Sanitation, dispensaries and jails vaccination Rajputana 1922-1927 - 1922-1927
Year: 1922
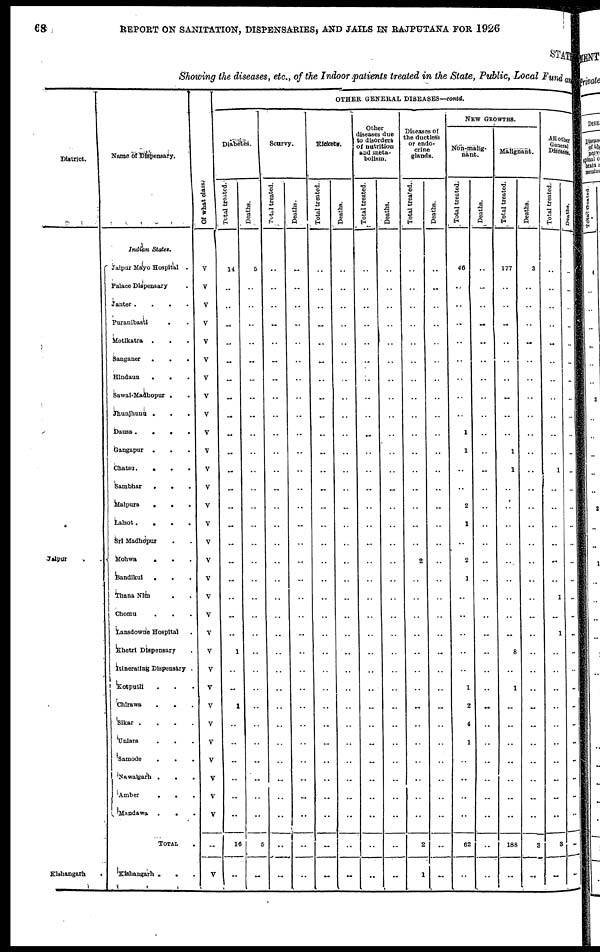
68
REPORT ON SANITATION, DISPENSARIES, AND JAILS IN RAJPUTANA FOR 1926
STATE
Showing the diseases, etc., of the Indoor patients treated in the State, Public, Local Fund and
District.
Jaipur . .
Kishangarh
.
Name of Dispensary.
Indian States.
Jaipur Mayo Hospital .
Palace Dispensary .
Janter .
.
.
.
Puranibasti . .
Motikatra . . .
Sanganer
.
.
.
Hindaun
.
. .
Sawai-Madhopur . .
Jhunjhunu . . .
Dausa.
.
.
.
Gangapur . . .
Chatsu.
.
.
.
Sambhar
.
.
.
Malpura
.
.
.
Lalsot.
.
.
.
Sri Madhopur . .
Mohwa
.
. .
Bandikui
. . .
Thana Nim . .
Chomu
.
. .
Lansdowne Hospital .
Khetri Dispensary .
Itinerating Dispensary .
Kotputli . . .
Chirawa
.
. .
Sikar .
.
.
.
Uniara . . .
Samode
.
.
.
Nawalgarh .
. .
Amber
.
. .
Mandawa .
. .
TOTAL .
Kishangarh .
. .
Of what class.
V
V
V
V
V
V
V
V
V
V
V
V
V
V
V
V
V
V
V
V
V
V
V
V
V
V
V
V
V
V
V
..
V
OTHER GENERAL DISEASES—contd.
Diabetes.
Total treated.
14
..
..
..
..
..
..
..
..
..
..
..
..
..
..
..
..
..
..
..
..
1
..
..
1
..
..
..
..
..
..
16
..
Deaths.
5
..
..
..
..
..
..
..
..
..
..
..
..
..
..
..
..
..
..
..
..
..
..
..
..
..
..
..
..
..
..
5
..
Scurvy.
Total treated.
..
..
..
..
..
..
..
..
..
..
..
..
..
..
..
..
..
..
..
..
..
..
..
..
..
..
..
..
..
..
..
..
..
Deaths.
..
..
..
..
..
..
..
..
..
..
..
..
..
..
..
..
..
..
..
..
..
..
..
..
..
..
..
..
..
..
..
..
..
Rickets.
Total treated.
..
..
..
..
..
..
..
..
..
..
..
..
..
..
..
..
..
..
..
..
..
..
..
..
..
..
..
..
..
..
..
..
..
Deaths.
..
..
..
..
..
..
..
..
..
..
..
..
..
..
..
..
..
..
..
..
..
..
..
..
..
..
..
..
..
..
..
..
..
Other
diseases due
to disorders
of nutrition
and meta-
bolism.
Total treated.
..
..
..
..
..
..
..
..
..
..
..
..
..
..
..
..
..
..
..
..
..
..
..
..
..
..
..
..
..
..
..
..
..
Deaths.
..
..
..
..
..
..
..
..
..
..
..
..
..
..
..
..
..
..
..
..
..
..
..
..
..
..
..
..
..
..
..
..
..
Diseases of
the ductless
or endo-
crine
glands.
Total treated.
..
..
..
..
..
..
..
..
..
..
..
..
..
..
..
..
2
..
..
..
..
..
..
..
..
..
..
..
..
..
..
2
1
Deaths.
..
..
..
..
..
..
..
..
..
..
..
..
..
..
..
..
..
..
..
..
..
..
..
..
..
..
..
..
..
..
..
..
..
NEW GROWTHS.
Non-malig-
nant.
Total treated.
46
..
..
..
..
..
..
..
..
1
1
..
..
2
1
..
2
1
..
..
..
..
..
1
2
4
1
..
..
..
..
62
..
Deaths.
..
..
..
..
..
..
..
..
..
..
..
..
..
..
..
..
..
..
..
..
..
..
..
..
..
..
..
..
..
..
..
..
..
Malignant.
Total treated.
177
..
..
..
..
..
..
..
..
..
1
1
..
..
..
..
..
..
..
..
..
8
..
1
..
..
..
..
..
..
..
188
..
Deaths.
3
..
..
..
..
..
..
..
..
..
..
..
..
..
..
..
..
..
..
..
..
..
..
..
..
..
..
..
..
..
..
3
..
All other
General
Diseases.
Total treated.
..
..
..
..
..
..
..
..
..
..
..
1
..
..
..
..
..
..
1
..
1
..
..
..
..
..
..
..
..
..
..
3
..
Deaths.
..
..
..
..
..
..
..
..
..
..
..
..
..
..
..
..
..
..
..
..
..
..
..
..
..
..
..
..
..
..
..
..
..